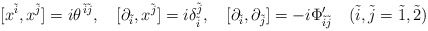
\begin{align*}[x^{\tilde i}, x^{\tilde j}] = i \theta^{\ \! \! \tilde i\tilde j}, \quad [\partial_{\tilde i}, x^{\tilde j}] = i \delta_{\tilde i}^{\tilde j}, \quad[\partial_{\tilde i}, \partial_{\tilde j}] = -i \Phi'_{\tilde i\tilde j} \quad (\tilde i, \tilde j = \tilde 1, \tilde 2)\end{align*}